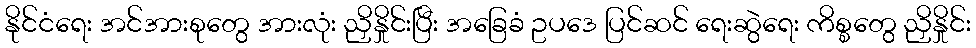
နိုင်ငံရေး အင်အားစုတွေ အားလုံး ညှိနှိုင်းပြီး အခြေခံ ဥပဒေ ပြင်ဆင် ရေးဆွဲရေး ကိစ္စတွေ ညှိနှိုင်း